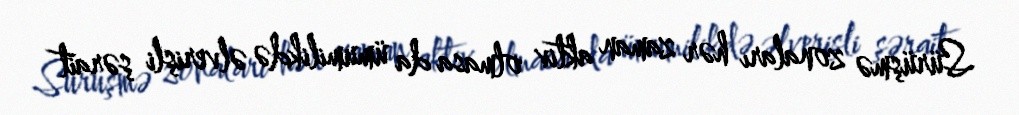
Sürüşmə zonaları hər zaman aktiv olmasa da ümumilikdə əlverişli şərait